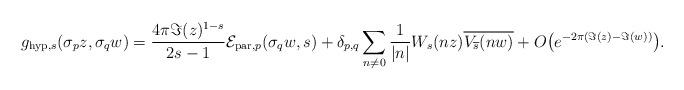
LaTeX: \begin{align*}&g_{\mathrm{hyp},s}(\sigma_{p}z,\sigma_{q}w)= \frac{4\pi\Im(z)^{1-s}}{2s-1}\mathcal{E}_{\mathrm{par},p}(\sigma_{q}w,s) +\delta_{p,q}\sum_{\substack{n\not = 0}}\frac{1}{|n|}W_{s}(nz)\overline{V_{\overline{s}}(nw)} + O\big(e^{-2\pi(\Im(z)-\Im(w))}\big). \end{align*}